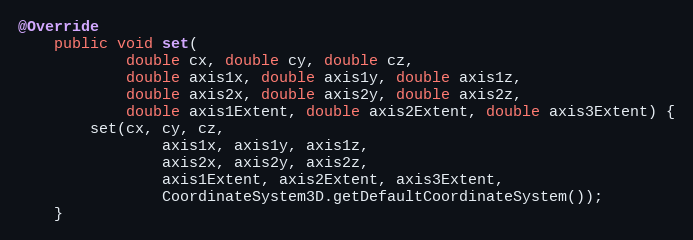
Language: Java
@Override
	public void set(
			double cx, double cy, double cz,
			double axis1x, double axis1y, double axis1z,
			double axis2x, double axis2y, double axis2z,
			double axis1Extent, double axis2Extent, double axis3Extent) {
		set(cx, cy, cz,
				axis1x, axis1y, axis1z,
				axis2x, axis2y, axis2z,
				axis1Extent, axis2Extent, axis3Extent,
				CoordinateSystem3D.getDefaultCoordinateSystem());
	}